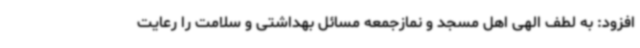
افزود: به لطف الهی اهل مسجد و نمازجمعه مسائل بهداشتی و سلامت را رعایت